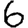
Digit: 6